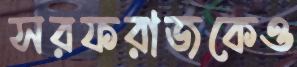
সরফরাজকেও